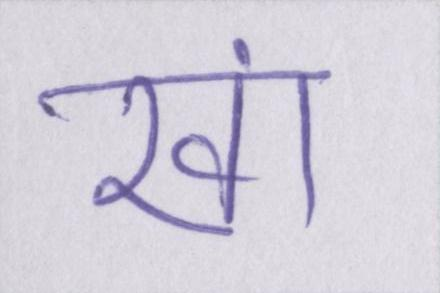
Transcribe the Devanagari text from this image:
खां